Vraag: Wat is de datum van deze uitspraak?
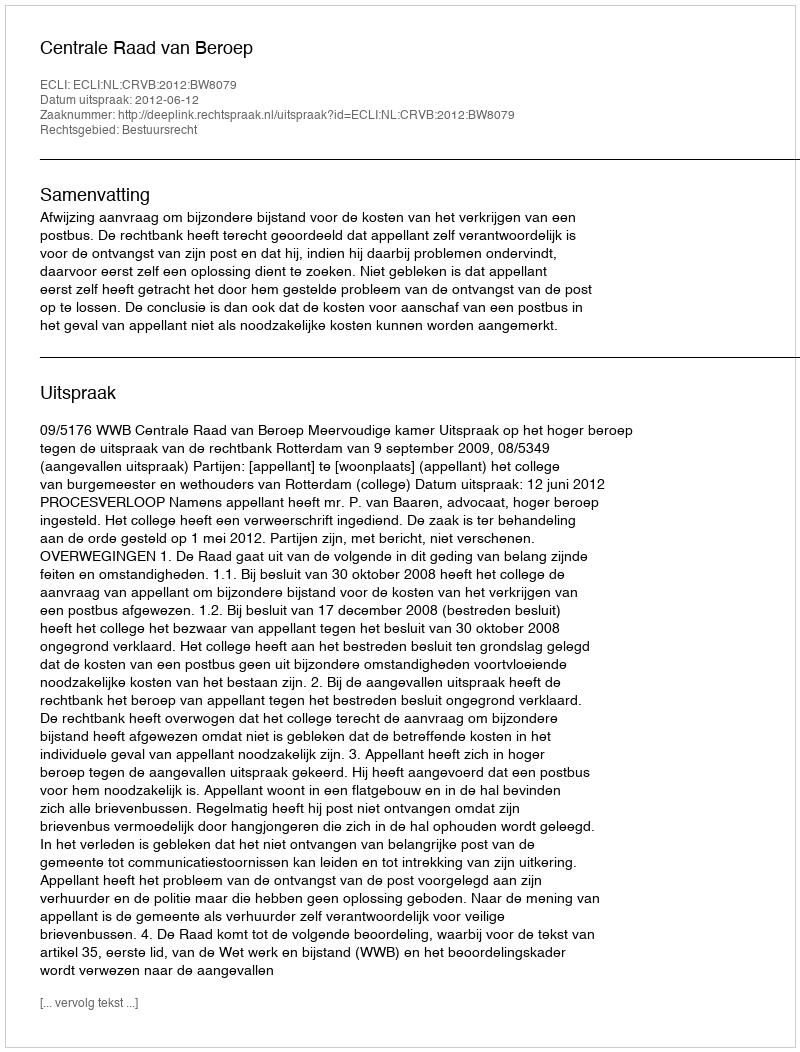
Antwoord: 2012-06-12